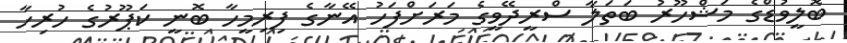
ބޮލީވުޑްގެ މަޝްހޫރު ބަތަލާ ސްރީދޭވީގެ މަރަށްފަހު އޭނާގެ ފިރިމީހާ ބޮނީ ކަޕޫރުގެ ހުރިހާ